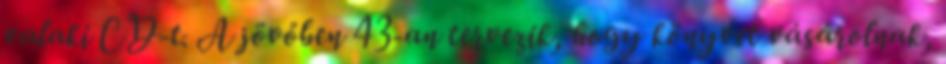
valaki CD-t. A jövőben 43-an tervezik, hogy könyvet vásárolnak,